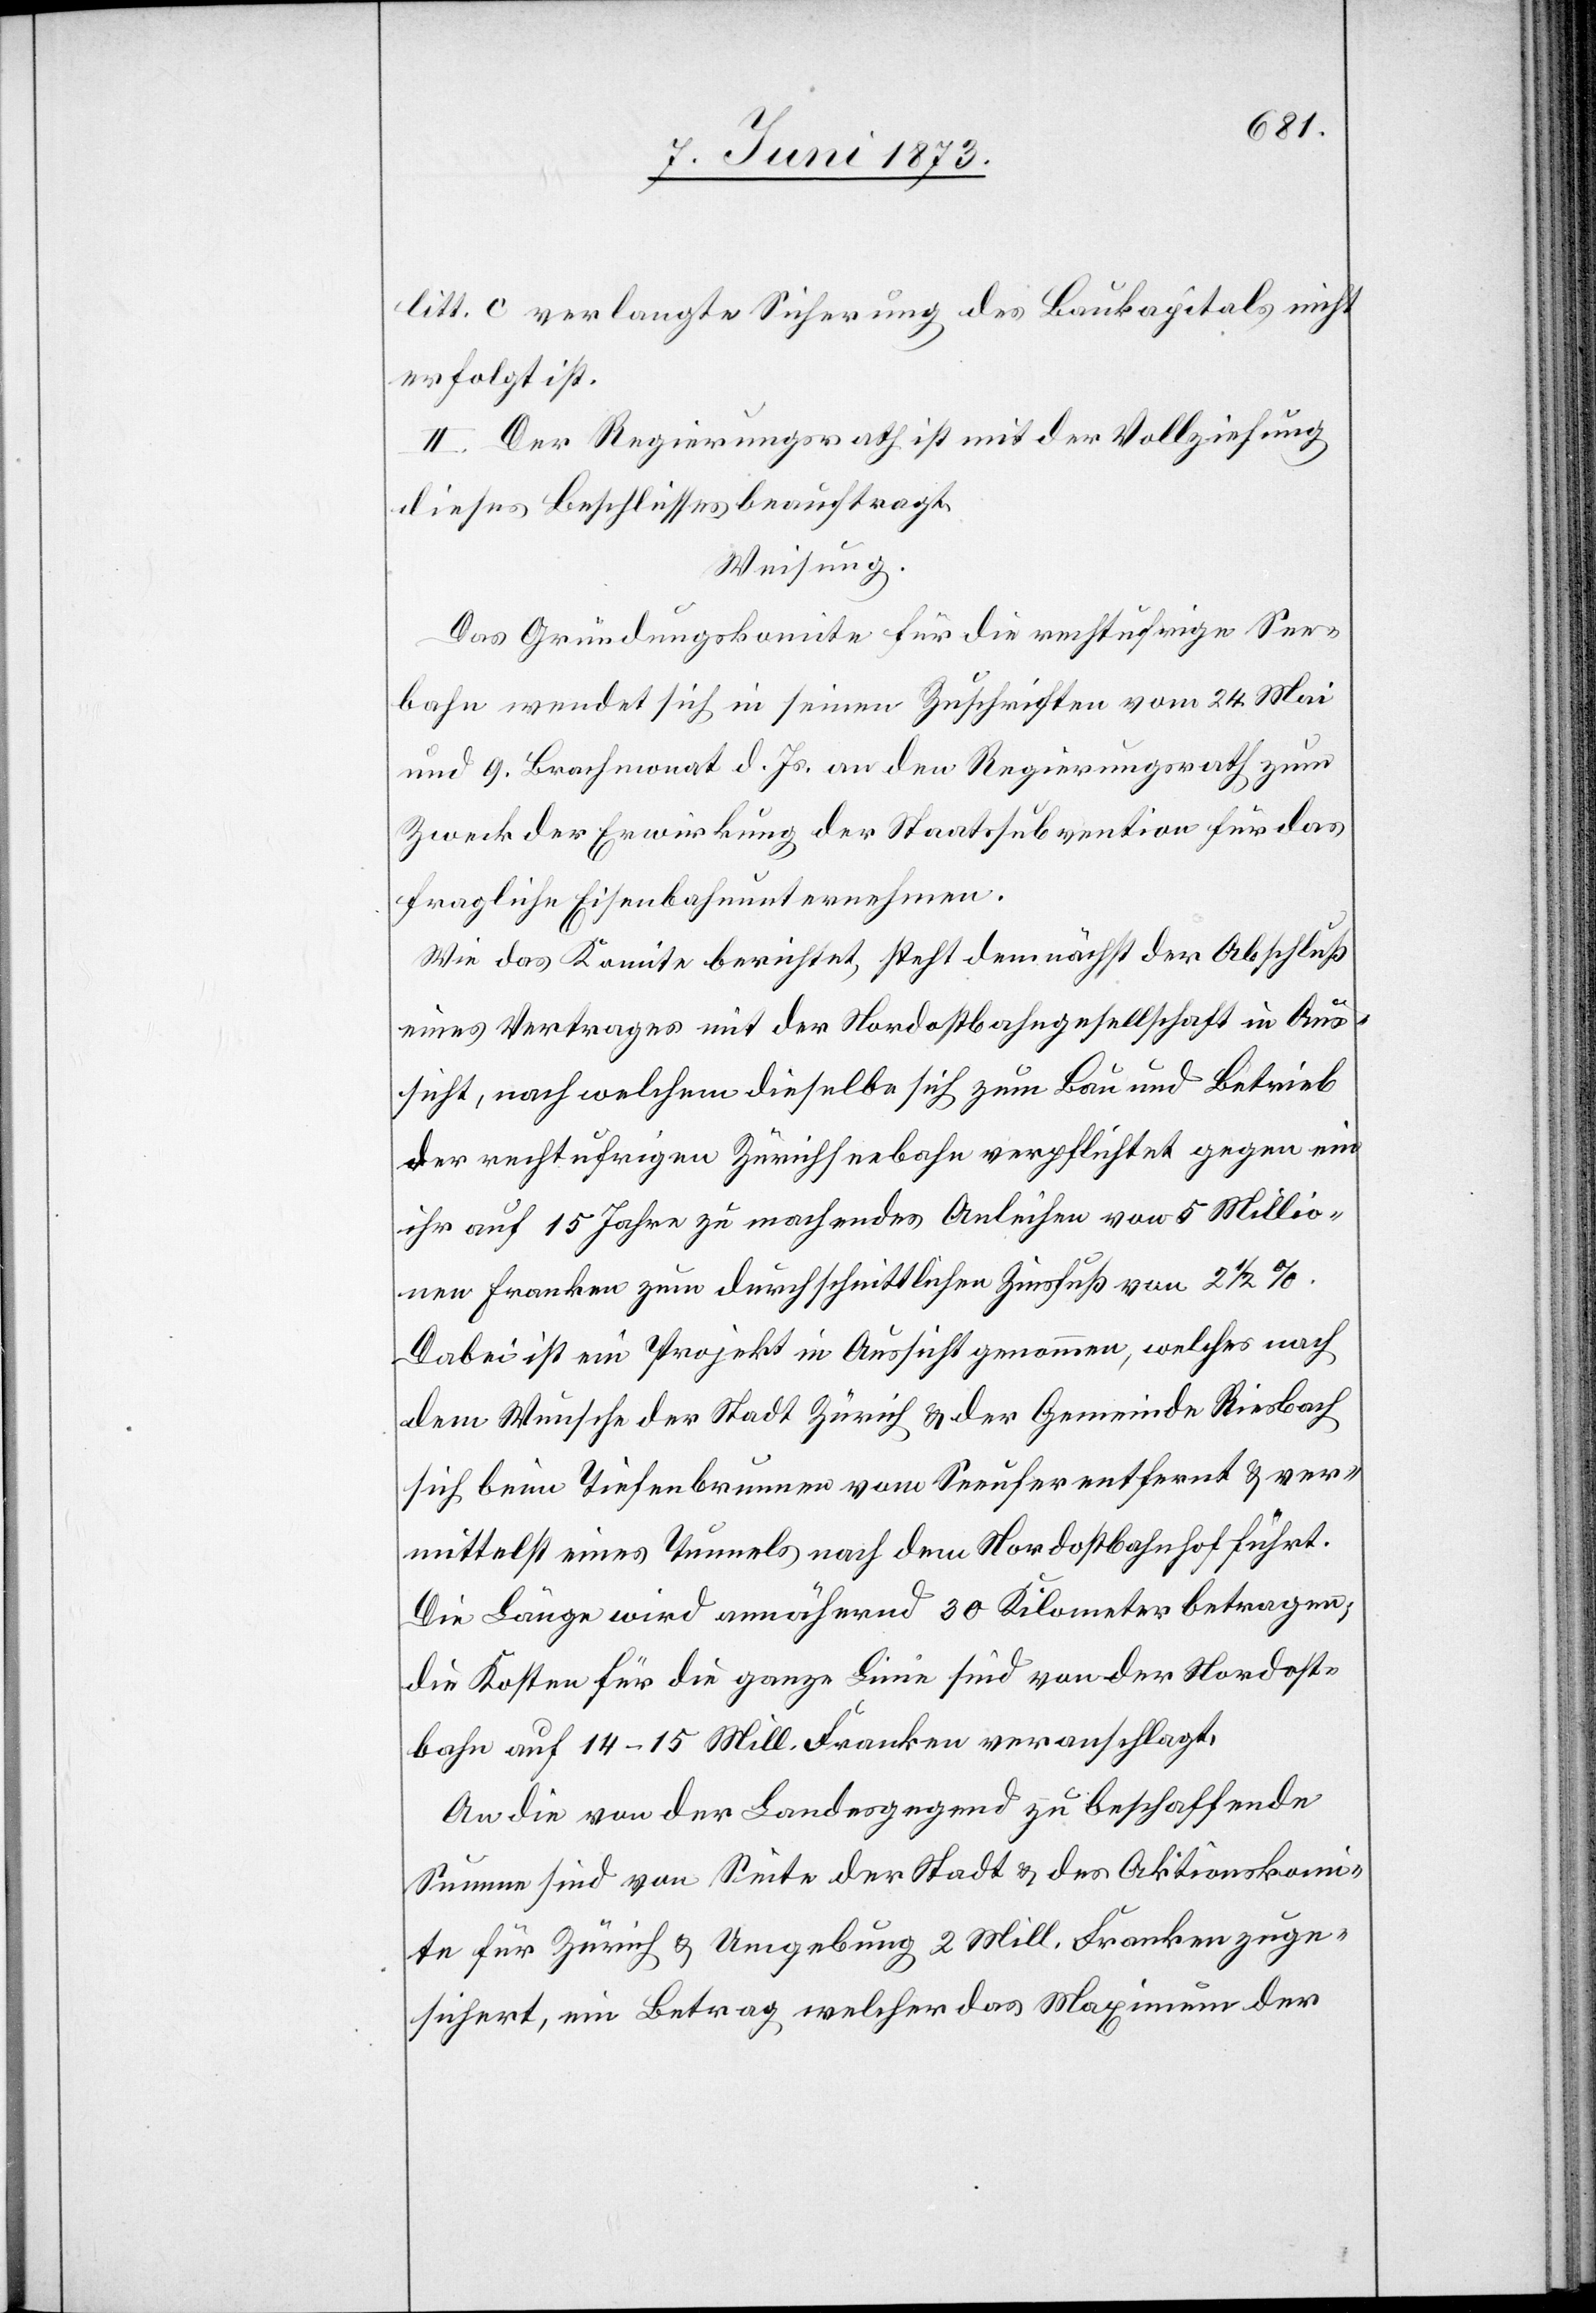
litt. c verlangte Sicherung des Baukapitals nicht
erfolgt ist.
II. Der Regierungsrath ist mit der Vollziehung
dieses Beschlusses beauftragt.
Weisung.
Das Gründungskomite für die rechtufrige See¬
bahn wendet sich in seinen Zuschriften vom 24. Mai
und 9. Brachmonat d. Js. an den Regierungsrath zum
Zweck der Erwirkung der Staatssubvention für das
fragliche Eisenbahnunternehmen.
Wie das Komitee berichtet, steht demnächst der Abschluß
eines Vertrages mit der Nordostbahngesellschaft in Aus¬
sicht, nach welchem dieselbe sich zum Bau und Betrieb
der rechtufrigen Zürichseebahn verpflichtet gegen ein
ihr auf 15 Jahre zu machendes Anleihen von 5 Millio¬
nen Franken zum durchschnittlichen Zinsfuß von 2 1/2%.
Dabei ist ein Projekt in Aussicht genommen, welches nach
dem Wunsche der Stadt Zürich & der Gemeinde Riesbach
sich beim Tiefenbrunnen vom Seeufer entfernt & ver¬
mittelst eines Tunnels nach dem Nordostbahnhof führt.
Die Länge wird annähernd 30 Kilometer betragen;
die Kosten für die ganze Linie sind von der Nordost¬
bahn auf 14–15 Mill. Franken veranschlagt.
An die von der Landesgegend zu beschaffende
Summe sind von Seite der Stadt & des Aktionskomi¬
te für Zürich & Umgebung 2 Mill. Franken zuge¬
sichert, ein Betrag welcher das Maximum der